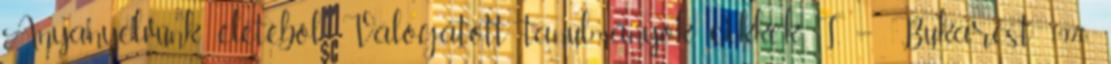
Anyanyelvünk életéből. Válogatott tanulmányok, cikkek. I. – Bukarest, 1970.